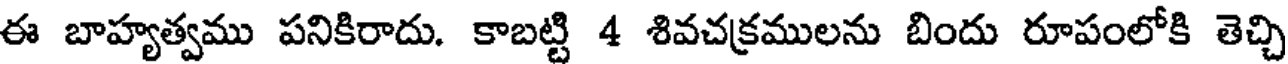
ఈ బాహ్యత్వము పనికిరాదు. కాబట్టి 4 శివచక్రములను బిందు రూపంలోకి తెచ్చి